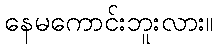
နေမကောင်းဘူးလား။